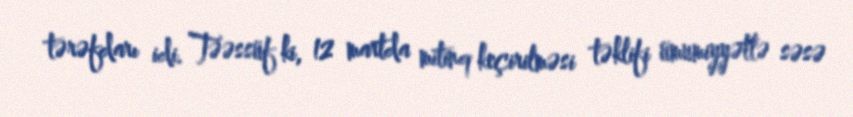
tərəfdarı idi. Təəssüf ki, 12 martda mitinq keçirilməsi təklifi ümumiyyətlə səsə